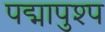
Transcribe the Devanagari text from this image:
पद्मापुश्प